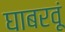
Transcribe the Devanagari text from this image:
घाबरवूं